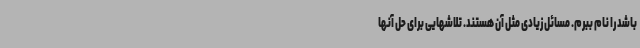
باشد را نام ببرم. مسائل زیادی مثل آن هستند. تلاشهایی برای حل آنها